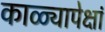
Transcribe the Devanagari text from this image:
काळ्यापेक्षां